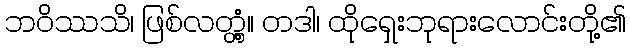
ဘဝိဿသိ၊ ဖြစ်လတ္တံ့။ တဒါ၊ ထိုရှေးဘုရားလောင်းတို့၏